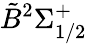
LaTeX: \tilde{B}{}^{2}\Sigma_{1/2}^{+}